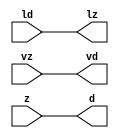

//------> /hd/cad/mentor/2016.9/Mgc_home/pkgs/siflibs/mgc_in_wire_wait_v1.v 
//------------------------------------------------------------------------------
// Catapult Synthesis - Sample I/O Port Library
//
// Copyright (c) 2003-2015 Mentor Graphics Corp.
//       All Rights Reserved
//
// This document may be used and distributed without restriction provided that
// this copyright statement is not removed from the file and that any derivative
// work contains this copyright notice.
//
// The design information contained in this file is intended to be an example
// of the functionality which the end user may study in preparation for creating
// their own custom interfaces. This design does not necessarily present a 
// complete implementation of the named protocol or standard.
//
//------------------------------------------------------------------------------


module mgc_in_wire_wait_v1 (ld, vd, d, lz, vz, z);

  parameter integer rscid = 1;
  parameter integer width = 8;

  input              ld;
  output             vd;
  output [width-1:0] d;
  output             lz;
  input              vz;
  input  [width-1:0] z;

  wire               vd;
  wire   [width-1:0] d;
  wire               lz;

  assign d = z;
  assign lz = ld;
  assign vd = vz;

endmodule


//------> /hd/cad/mentor/2016.9/Mgc_home/pkgs/siflibs/mgc_out_stdreg_wait_v1.v 
//------------------------------------------------------------------------------
// Catapult Synthesis - Sample I/O Port Library
//
// Copyright (c) 2003-2015 Mentor Graphics Corp.
//       All Rights Reserved
//
// This document may be used and distributed without restriction provided that
// this copyright statement is not removed from the file and that any derivative
// work contains this copyright notice.
//
// The design information contained in this file is intended to be an example
// of the functionality which the end user may study in preparation for creating
// their own custom interfaces. This design does not necessarily present a 
// complete implementation of the named protocol or standard.
//
//------------------------------------------------------------------------------


module mgc_out_stdreg_wait_v1 (ld, vd, d, lz, vz, z);

  parameter integer rscid = 1;
  parameter integer width = 8;

  input              ld;
  output             vd;
  input  [width-1:0] d;
  output             lz;
  input              vz;
  output [width-1:0] z;

  wire               vd;
  wire               lz;
  wire   [width-1:0] z;

  assign z = d;
  assign lz = ld;
  assign vd = vz;

endmodule



//------> ./rtl.v 
// ----------------------------------------------------------------------
//  HLS HDL:        Verilog Netlister
//  HLS Version:    10.0/263344 Production Release
//  HLS Date:       Sun Jul  3 19:13:39 PDT 2016
// 
//  Generated by:   dhuff@kiwi
//  Generated date: Mon Feb 18 17:38:21 2019
// ----------------------------------------------------------------------

// 
// ------------------------------------------------------------------
//  Design Unit:    dct_core_core_fsm
//  FSM Module
// ------------------------------------------------------------------


module dct_core_core_fsm (
  dillons_clk, rst, core_wen, fsm_output, for_C_0_tr0
);
  input dillons_clk;
  input rst;
  input core_wen;
  output [2:0] fsm_output;
  reg [2:0] fsm_output;
  input for_C_0_tr0;


  // FSM State Type Declaration for dct_core_core_fsm_1
  parameter
    main_C_0 = 2'd0,
    for_C_0 = 2'd1,
    main_C_1 = 2'd2;

  reg [1:0] state_var;
  reg [1:0] state_var_NS;


  // Interconnect Declarations for Component Instantiations 
  always @(*)
  begin : dct_core_core_fsm_1
    case (state_var)
      for_C_0 : begin
        fsm_output = 3'b10;
        if ( for_C_0_tr0 ) begin
          state_var_NS = main_C_1;
        end
        else begin
          state_var_NS = for_C_0;
        end
      end
      main_C_1 : begin
        fsm_output = 3'b100;
        state_var_NS = main_C_0;
      end
      // main_C_0
      default : begin
        fsm_output = 3'b1;
        state_var_NS = for_C_0;
      end
    endcase
  end

  always @(posedge dillons_clk) begin
    if ( rst ) begin
      state_var <= main_C_0;
    end
    else if ( core_wen ) begin
      state_var <= state_var_NS;
    end
  end

endmodule

// ------------------------------------------------------------------
//  Design Unit:    dct_core_staller
// ------------------------------------------------------------------


module dct_core_staller (
  dillons_clk, rst, core_wen, in_rsci_wen_comp, core_wten, out_rsci_wen_comp
);
  input dillons_clk;
  input rst;
  output core_wen;
  input in_rsci_wen_comp;
  output core_wten;
  reg core_wten;
  input out_rsci_wen_comp;



  // Interconnect Declarations for Component Instantiations 
  assign core_wen = in_rsci_wen_comp & out_rsci_wen_comp;
  always @(posedge dillons_clk) begin
    if ( rst ) begin
      core_wten <= 1'b0;
    end
    else begin
      core_wten <= ~ core_wen;
    end
  end
endmodule

// ------------------------------------------------------------------
//  Design Unit:    dct_core_out_rsci_out_wait_dp
// ------------------------------------------------------------------


module dct_core_out_rsci_out_wait_dp (
  dillons_clk, rst, out_rsci_oswt, out_rsci_wen_comp, out_rsci_biwt, out_rsci_bdwt
);
  input dillons_clk;
  input rst;
  input out_rsci_oswt;
  output out_rsci_wen_comp;
  input out_rsci_biwt;
  input out_rsci_bdwt;


  // Interconnect Declarations
  reg out_rsci_bcwt;


  // Interconnect Declarations for Component Instantiations 
  assign out_rsci_wen_comp = (~ out_rsci_oswt) | out_rsci_biwt | out_rsci_bcwt;
  always @(posedge dillons_clk) begin
    if ( rst ) begin
      out_rsci_bcwt <= 1'b0;
    end
    else begin
      out_rsci_bcwt <= ~((~(out_rsci_bcwt | out_rsci_biwt)) | out_rsci_bdwt);
    end
  end
endmodule

// ------------------------------------------------------------------
//  Design Unit:    dct_core_out_rsci_out_wait_ctrl
// ------------------------------------------------------------------


module dct_core_out_rsci_out_wait_ctrl (
  dillons_clk, rst, core_wen, core_wten, out_rsci_oswt, out_rsci_biwt, out_rsci_bdwt,
      out_rsci_ld_core_sct, out_rsci_vd
);
  input dillons_clk;
  input rst;
  input core_wen;
  input core_wten;
  input out_rsci_oswt;
  output out_rsci_biwt;
  output out_rsci_bdwt;
  output out_rsci_ld_core_sct;
  input out_rsci_vd;


  // Interconnect Declarations
  wire out_rsci_ogwt;
  wire out_rsci_pdswt0;
  reg out_rsci_icwt;


  // Interconnect Declarations for Component Instantiations 
  assign out_rsci_pdswt0 = (~ core_wten) & out_rsci_oswt;
  assign out_rsci_biwt = out_rsci_ogwt & out_rsci_vd;
  assign out_rsci_ogwt = out_rsci_pdswt0 | out_rsci_icwt;
  assign out_rsci_bdwt = out_rsci_oswt & core_wen;
  assign out_rsci_ld_core_sct = out_rsci_oswt & out_rsci_ogwt;
  always @(posedge dillons_clk) begin
    if ( rst ) begin
      out_rsci_icwt <= 1'b0;
    end
    else begin
      out_rsci_icwt <= ~((~(out_rsci_icwt | out_rsci_pdswt0)) | out_rsci_biwt);
    end
  end
endmodule

// ------------------------------------------------------------------
//  Design Unit:    dct_core_in_rsci_in_wait_dp
// ------------------------------------------------------------------


module dct_core_in_rsci_in_wait_dp (
  dillons_clk, rst, in_rsci_oswt, in_rsci_wen_comp, in_rsci_d_mxwt, in_rsci_biwt,
      in_rsci_bdwt, in_rsci_d
);
  input dillons_clk;
  input rst;
  input in_rsci_oswt;
  output in_rsci_wen_comp;
  output [31:0] in_rsci_d_mxwt;
  input in_rsci_biwt;
  input in_rsci_bdwt;
  input [31:0] in_rsci_d;


  // Interconnect Declarations
  reg in_rsci_bcwt;
  reg [31:0] in_rsci_d_bfwt;


  // Interconnect Declarations for Component Instantiations 
  assign in_rsci_wen_comp = (~ in_rsci_oswt) | in_rsci_biwt | in_rsci_bcwt;
  assign in_rsci_d_mxwt = MUX_v_32_2_2(in_rsci_d, in_rsci_d_bfwt, in_rsci_bcwt);
  always @(posedge dillons_clk) begin
    if ( rst ) begin
      in_rsci_bcwt <= 1'b0;
      in_rsci_d_bfwt <= 32'b0;
    end
    else begin
      in_rsci_bcwt <= ~((~(in_rsci_bcwt | in_rsci_biwt)) | in_rsci_bdwt);
      in_rsci_d_bfwt <= in_rsci_d_mxwt;
    end
  end

  function [31:0] MUX_v_32_2_2;
    input [31:0] input_0;
    input [31:0] input_1;
    input [0:0] sel;
    reg [31:0] result;
  begin
    case (sel)
      1'b0 : begin
        result = input_0;
      end
      default : begin
        result = input_1;
      end
    endcase
    MUX_v_32_2_2 = result;
  end
  endfunction

endmodule

// ------------------------------------------------------------------
//  Design Unit:    dct_core_in_rsci_in_wait_ctrl
// ------------------------------------------------------------------


module dct_core_in_rsci_in_wait_ctrl (
  dillons_clk, rst, core_wen, in_rsci_oswt, core_wten, in_rsci_biwt, in_rsci_bdwt,
      in_rsci_ld_core_sct, in_rsci_vd
);
  input dillons_clk;
  input rst;
  input core_wen;
  input in_rsci_oswt;
  input core_wten;
  output in_rsci_biwt;
  output in_rsci_bdwt;
  output in_rsci_ld_core_sct;
  input in_rsci_vd;


  // Interconnect Declarations
  wire in_rsci_ogwt;
  wire in_rsci_pdswt0;
  reg in_rsci_icwt;


  // Interconnect Declarations for Component Instantiations 
  assign in_rsci_pdswt0 = (~ core_wten) & in_rsci_oswt;
  assign in_rsci_biwt = in_rsci_ogwt & in_rsci_vd;
  assign in_rsci_ogwt = in_rsci_pdswt0 | in_rsci_icwt;
  assign in_rsci_bdwt = in_rsci_oswt & core_wen;
  assign in_rsci_ld_core_sct = in_rsci_oswt & in_rsci_ogwt;
  always @(posedge dillons_clk) begin
    if ( rst ) begin
      in_rsci_icwt <= 1'b0;
    end
    else begin
      in_rsci_icwt <= ~((~(in_rsci_icwt | in_rsci_pdswt0)) | in_rsci_biwt);
    end
  end
endmodule

// ------------------------------------------------------------------
//  Design Unit:    dct_core_out_rsci
// ------------------------------------------------------------------


module dct_core_out_rsci (
  dillons_clk, rst, out_rsc_z, out_rsc_vz, out_rsc_lz, core_wen, core_wten, out_rsci_oswt,
      out_rsci_wen_comp, out_rsci_d
);
  input dillons_clk;
  input rst;
  output [31:0] out_rsc_z;
  input out_rsc_vz;
  output out_rsc_lz;
  input core_wen;
  input core_wten;
  input out_rsci_oswt;
  output out_rsci_wen_comp;
  input [31:0] out_rsci_d;


  // Interconnect Declarations
  wire out_rsci_biwt;
  wire out_rsci_bdwt;
  wire out_rsci_ld_core_sct;
  wire out_rsci_vd;


  // Interconnect Declarations for Component Instantiations 
  mgc_out_stdreg_wait_v1 #(.rscid(32'sd2),
  .width(32'sd32)) out_rsci (
      .ld(out_rsci_ld_core_sct),
      .vd(out_rsci_vd),
      .d(out_rsci_d),
      .lz(out_rsc_lz),
      .vz(out_rsc_vz),
      .z(out_rsc_z)
    );
  dct_core_out_rsci_out_wait_ctrl dct_core_out_rsci_out_wait_ctrl_inst (
      .dillons_clk(dillons_clk),
      .rst(rst),
      .core_wen(core_wen),
      .core_wten(core_wten),
      .out_rsci_oswt(out_rsci_oswt),
      .out_rsci_biwt(out_rsci_biwt),
      .out_rsci_bdwt(out_rsci_bdwt),
      .out_rsci_ld_core_sct(out_rsci_ld_core_sct),
      .out_rsci_vd(out_rsci_vd)
    );
  dct_core_out_rsci_out_wait_dp dct_core_out_rsci_out_wait_dp_inst (
      .dillons_clk(dillons_clk),
      .rst(rst),
      .out_rsci_oswt(out_rsci_oswt),
      .out_rsci_wen_comp(out_rsci_wen_comp),
      .out_rsci_biwt(out_rsci_biwt),
      .out_rsci_bdwt(out_rsci_bdwt)
    );
endmodule

// ------------------------------------------------------------------
//  Design Unit:    dct_core_in_rsci
// ------------------------------------------------------------------


module dct_core_in_rsci (
  dillons_clk, rst, in_rsc_z, in_rsc_vz, in_rsc_lz, core_wen, in_rsci_oswt, in_rsci_wen_comp,
      in_rsci_d_mxwt, core_wten
);
  input dillons_clk;
  input rst;
  input [31:0] in_rsc_z;
  input in_rsc_vz;
  output in_rsc_lz;
  input core_wen;
  input in_rsci_oswt;
  output in_rsci_wen_comp;
  output [31:0] in_rsci_d_mxwt;
  input core_wten;


  // Interconnect Declarations
  wire in_rsci_biwt;
  wire in_rsci_bdwt;
  wire in_rsci_ld_core_sct;
  wire in_rsci_vd;
  wire [31:0] in_rsci_d;


  // Interconnect Declarations for Component Instantiations 
  mgc_in_wire_wait_v1 #(.rscid(32'sd1),
  .width(32'sd32)) in_rsci (
      .ld(in_rsci_ld_core_sct),
      .vd(in_rsci_vd),
      .d(in_rsci_d),
      .lz(in_rsc_lz),
      .vz(in_rsc_vz),
      .z(in_rsc_z)
    );
  dct_core_in_rsci_in_wait_ctrl dct_core_in_rsci_in_wait_ctrl_inst (
      .dillons_clk(dillons_clk),
      .rst(rst),
      .core_wen(core_wen),
      .in_rsci_oswt(in_rsci_oswt),
      .core_wten(core_wten),
      .in_rsci_biwt(in_rsci_biwt),
      .in_rsci_bdwt(in_rsci_bdwt),
      .in_rsci_ld_core_sct(in_rsci_ld_core_sct),
      .in_rsci_vd(in_rsci_vd)
    );
  dct_core_in_rsci_in_wait_dp dct_core_in_rsci_in_wait_dp_inst (
      .dillons_clk(dillons_clk),
      .rst(rst),
      .in_rsci_oswt(in_rsci_oswt),
      .in_rsci_wen_comp(in_rsci_wen_comp),
      .in_rsci_d_mxwt(in_rsci_d_mxwt),
      .in_rsci_biwt(in_rsci_biwt),
      .in_rsci_bdwt(in_rsci_bdwt),
      .in_rsci_d(in_rsci_d)
    );
endmodule

// ------------------------------------------------------------------
//  Design Unit:    dct_core
// ------------------------------------------------------------------


module dct_core (
  dillons_clk, rst, in_rsc_z, in_rsc_vz, in_rsc_lz, out_rsc_z, out_rsc_vz, out_rsc_lz
);
  input dillons_clk;
  input rst;
  input [31:0] in_rsc_z;
  input in_rsc_vz;
  output in_rsc_lz;
  output [31:0] out_rsc_z;
  input out_rsc_vz;
  output out_rsc_lz;


  // Interconnect Declarations
  wire core_wen;
  wire in_rsci_wen_comp;
  wire [31:0] in_rsci_d_mxwt;
  wire core_wten;
  wire out_rsci_wen_comp;
  reg [31:0] out_rsci_d;
  wire [2:0] fsm_output;
  reg [31:0] sum_sva;
  reg [1:0] for_i_2_0_sva_1_0_1;
  wire and_6_cse;
  wire [2:0] for_i_2_0_sva_1;
  wire [3:0] nl_for_i_2_0_sva_1;
  reg reg_out_rsci_ld_core_psct_cse;
  reg reg_in_rsci_ld_core_psct_cse;
  wire [31:0] sum_sva_1;
  wire [32:0] nl_sum_sva_1;


  // Interconnect Declarations for Component Instantiations 
  wire [0:0] nl_dct_core_core_fsm_inst_for_C_0_tr0;
  assign nl_dct_core_core_fsm_inst_for_C_0_tr0 = for_i_2_0_sva_1[2];
  dct_core_in_rsci dct_core_in_rsci_inst (
      .dillons_clk(dillons_clk),
      .rst(rst),
      .in_rsc_z(in_rsc_z),
      .in_rsc_vz(in_rsc_vz),
      .in_rsc_lz(in_rsc_lz),
      .core_wen(core_wen),
      .in_rsci_oswt(reg_in_rsci_ld_core_psct_cse),
      .in_rsci_wen_comp(in_rsci_wen_comp),
      .in_rsci_d_mxwt(in_rsci_d_mxwt),
      .core_wten(core_wten)
    );
  dct_core_out_rsci dct_core_out_rsci_inst (
      .dillons_clk(dillons_clk),
      .rst(rst),
      .out_rsc_z(out_rsc_z),
      .out_rsc_vz(out_rsc_vz),
      .out_rsc_lz(out_rsc_lz),
      .core_wen(core_wen),
      .core_wten(core_wten),
      .out_rsci_oswt(reg_out_rsci_ld_core_psct_cse),
      .out_rsci_wen_comp(out_rsci_wen_comp),
      .out_rsci_d(out_rsci_d)
    );
  dct_core_staller dct_core_staller_inst (
      .dillons_clk(dillons_clk),
      .rst(rst),
      .core_wen(core_wen),
      .in_rsci_wen_comp(in_rsci_wen_comp),
      .core_wten(core_wten),
      .out_rsci_wen_comp(out_rsci_wen_comp)
    );
  dct_core_core_fsm dct_core_core_fsm_inst (
      .dillons_clk(dillons_clk),
      .rst(rst),
      .core_wen(core_wen),
      .fsm_output(fsm_output),
      .for_C_0_tr0(nl_dct_core_core_fsm_inst_for_C_0_tr0[0:0])
    );
  assign nl_sum_sva_1 = sum_sva + in_rsci_d_mxwt;
  assign sum_sva_1 = nl_sum_sva_1[31:0];
  assign nl_for_i_2_0_sva_1 = conv_u2u_2_3(for_i_2_0_sva_1_0_1) + 3'b1;
  assign for_i_2_0_sva_1 = nl_for_i_2_0_sva_1[2:0];
  assign and_6_cse = (for_i_2_0_sva_1[2]) & (fsm_output[1]);
  always @(posedge dillons_clk) begin
    if ( rst ) begin
      for_i_2_0_sva_1_0_1 <= 2'b0;
      sum_sva <= 32'b0;
      reg_out_rsci_ld_core_psct_cse <= 1'b0;
      reg_in_rsci_ld_core_psct_cse <= 1'b0;
    end
    else if ( core_wen ) begin
      for_i_2_0_sva_1_0_1 <= MUX_v_2_2_2(2'b00, (for_i_2_0_sva_1[1:0]), (fsm_output[1]));
      sum_sva <= MUX_v_32_2_2(32'b00000000000000000000000000000000, sum_sva_1, (fsm_output[1]));
      reg_out_rsci_ld_core_psct_cse <= and_6_cse;
      reg_in_rsci_ld_core_psct_cse <= ~(and_6_cse | (fsm_output[2]));
    end
  end
  always @(posedge dillons_clk) begin
    if ( rst ) begin
      out_rsci_d <= 32'b0;
    end
    else if ( core_wen & (for_i_2_0_sva_1[2]) & (fsm_output[1]) ) begin
      out_rsci_d <= sum_sva_1;
    end
  end

  function [1:0] MUX_v_2_2_2;
    input [1:0] input_0;
    input [1:0] input_1;
    input [0:0] sel;
    reg [1:0] result;
  begin
    case (sel)
      1'b0 : begin
        result = input_0;
      end
      default : begin
        result = input_1;
      end
    endcase
    MUX_v_2_2_2 = result;
  end
  endfunction


  function [31:0] MUX_v_32_2_2;
    input [31:0] input_0;
    input [31:0] input_1;
    input [0:0] sel;
    reg [31:0] result;
  begin
    case (sel)
      1'b0 : begin
        result = input_0;
      end
      default : begin
        result = input_1;
      end
    endcase
    MUX_v_32_2_2 = result;
  end
  endfunction


  function  [2:0] conv_u2u_2_3 ;
    input [1:0]  vector ;
  begin
    conv_u2u_2_3 = {1'b0, vector};
  end
  endfunction

endmodule

// ------------------------------------------------------------------
//  Design Unit:    dct
// ------------------------------------------------------------------


module dct (
  dillons_clk, rst, in_rsc_z, in_rsc_vz, in_rsc_lz, out_rsc_z, out_rsc_vz, out_rsc_lz
);
  input dillons_clk;
  input rst;
  input [31:0] in_rsc_z;
  input in_rsc_vz;
  output in_rsc_lz;
  output [31:0] out_rsc_z;
  input out_rsc_vz;
  output out_rsc_lz;



  // Interconnect Declarations for Component Instantiations 
  dct_core dct_core_inst (
      .dillons_clk(dillons_clk),
      .rst(rst),
      .in_rsc_z(in_rsc_z),
      .in_rsc_vz(in_rsc_vz),
      .in_rsc_lz(in_rsc_lz),
      .out_rsc_z(out_rsc_z),
      .out_rsc_vz(out_rsc_vz),
      .out_rsc_lz(out_rsc_lz)
    );
endmodule